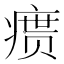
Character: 𪽴